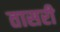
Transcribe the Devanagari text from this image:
तासरी